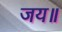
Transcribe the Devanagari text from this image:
जय॥